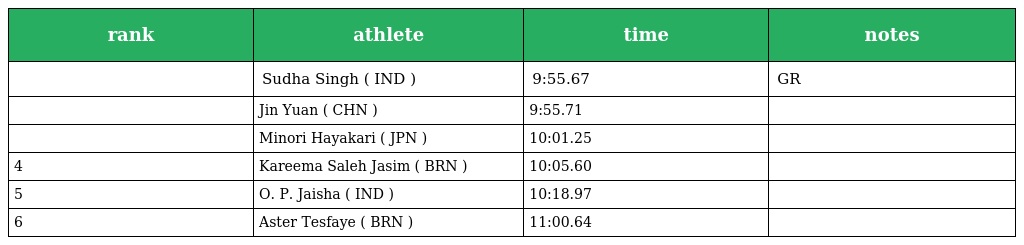
| rank | athlete | time | notes |
 | --- | --- | --- | --- |
 |  | Sudha Singh ( IND ) | 9:55.67 | GR |
 |  | Jin Yuan ( CHN ) | 9:55.71 |  |
 |  | Minori Hayakari ( JPN ) | 10:01.25 |  |
 | 4 | Kareema Saleh Jasim ( BRN ) | 10:05.60 |  |
 | 5 | O. P. Jaisha ( IND ) | 10:18.97 |  |
 | 6 | Aster Tesfaye ( BRN ) | 11:00.64 |  |